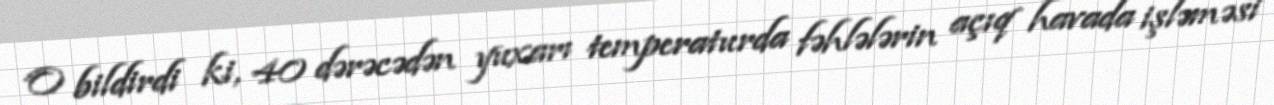
O bildirdi ki, 40 dərəcədən yuxarı temperaturda fəhlələrin açıq havada işləməsi